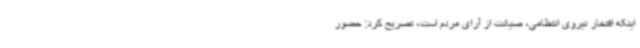
اینکه افتخار نیروی انتظامی، صیانت از آرای مردم است، تصریح کرد: حضور